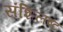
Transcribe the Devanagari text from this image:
संशिलष्ट